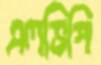
এলভিপি